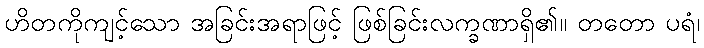
ဟိတကိုကျင့်သော အခြင်းအရာဖြင့် ဖြစ်ခြင်းလက္ခဏာရှိ၏။ တတော ပရံ၊